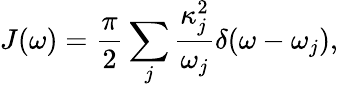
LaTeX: J(\omega)=\frac{\pi}{2}\sum_{j}\frac{\kappa_{j}^{2}}{\omega_{j}}\delta(\omega-\omega_{j}),